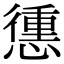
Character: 𢡹